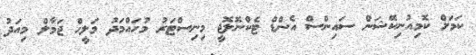
ކަމަށް ކޮމިއުނިކޭޝަން ސައިންސް އެންޑް ޓެކްނޮލޮޖީ މިނިސްޓަރު މުހައްމަދު މަލީހް ޖަމާލް މިއަދު